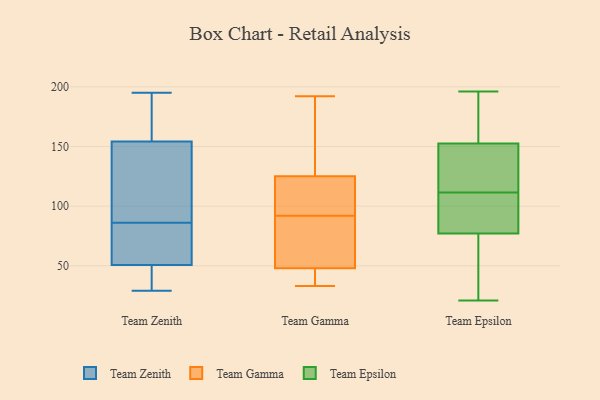
{"axis": {"x": "Tickets Resolved", "y": "Value"}, "legend": ["Team Epsilon", "Team Gamma", "Team Zenith"], "data": [{"x": "", "y": 152, "type": "Team Zenith"}, {"x": "", "y": 53, "type": "Team Zenith"}, {"x": "", "y": 86, "type": "Team Zenith"}, {"x": "", "y": 43, "type": "Team Zenith"}, {"x": "", "y": 69, "type": "Team Zenith"}, {"x": "", "y": 162, "type": "Team Zenith"}, {"x": "", "y": 195, "type": "Team Zenith"}, {"x": "", "y": 78, "type": "Team Zenith"}, {"x": "", "y": 37, "type": "Team Zenith"}, {"x": "", "y": 109, "type": "Team Zenith"}, {"x": "", "y": 29, "type": "Team Zenith"}, {"x": "", "y": 44, "type": "Team Zenith"}, {"x": "", "y": 101, "type": "Team Zenith"}, {"x": "", "y": 147, "type": "Team Zenith"}, {"x": "", "y": 161, "type": "Team Zenith"}, {"x": "", "y": 191, "type": "Team Zenith"}, {"x": "", "y": 60, "type": "Team Zenith"}, {"x": "", "y": 33, "type": "Team Gamma"}, {"x": "", "y": 114, "type": "Team Gamma"}, {"x": "", "y": 173, "type": "Team Gamma"}, {"x": "", "y": 54, "type": "Team Gamma"}, {"x": "", "y": 125, "type": "Team Gamma"}, {"x": "", "y": 40, "type": "Team Gamma"}, {"x": "", "y": 48, "type": "Team Gamma"}, {"x": "", "y": 80, "type": "Team Gamma"}, {"x": "", "y": 104, "type": "Team Gamma"}, {"x": "", "y": 192, "type": "Team Gamma"}, {"x": "", "y": 159, "type": "Team Epsilon"}, {"x": "", "y": 95, "type": "Team Epsilon"}, {"x": "", "y": 196, "type": "Team Epsilon"}, {"x": "", "y": 182, "type": "Team Epsilon"}, {"x": "", "y": 48, "type": "Team Epsilon"}, {"x": "", "y": 79, "type": "Team Epsilon"}, {"x": "", "y": 106, "type": "Team Epsilon"}, {"x": "", "y": 139, "type": "Team Epsilon"}, {"x": "", "y": 26, "type": "Team Epsilon"}, {"x": "", "y": 117, "type": "Team Epsilon"}, {"x": "", "y": 100, "type": "Team Epsilon"}, {"x": "", "y": 136, "type": "Team Epsilon"}, {"x": "", "y": 168, "type": "Team Epsilon"}, {"x": "", "y": 157, "type": "Team Epsilon"}, {"x": "", "y": 75, "type": "Team Epsilon"}, {"x": "", "y": 91, "type": "Team Epsilon"}, {"x": "", "y": 32, "type": "Team Epsilon"}, {"x": "", "y": 148, "type": "Team Epsilon"}, {"x": "", "y": 140, "type": "Team Epsilon"}, {"x": "", "y": 21, "type": "Team Epsilon"}]}